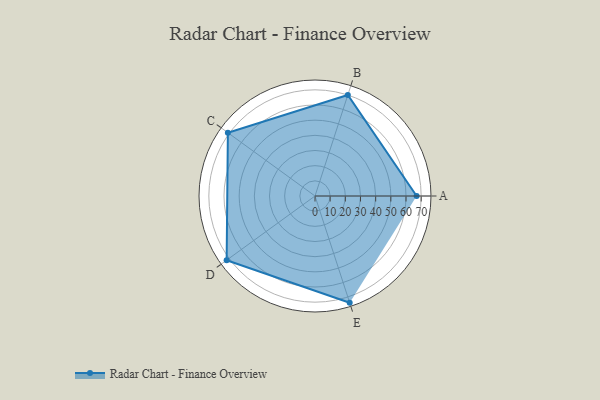
{"axis": {"x": "Skill", "y": "Score"}, "legend": ["Profile"], "data": [{"x": "A", "y": 67.0, "type": "Profile"}, {"x": "B", "y": 70.0, "type": "Profile"}, {"x": "C", "y": 71.0, "type": "Profile"}, {"x": "D", "y": 72.0, "type": "Profile"}, {"x": "E", "y": 74.0, "type": "Profile"}]}